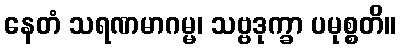
နေတံ သရဏမာဂမ္မ၊ သဗ္ဗဒုက္ခာ ပမုစ္စတိ။